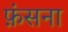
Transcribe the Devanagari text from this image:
फ़ंसना